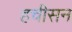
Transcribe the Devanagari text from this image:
हचीसन